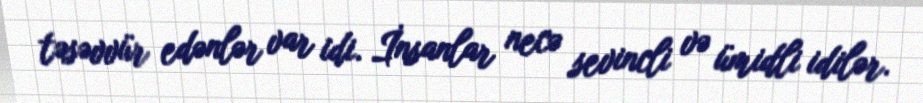
təsəvvür edənlər var idi. İnsanlar necə sevincli və ümidli idilər.